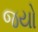
જયો